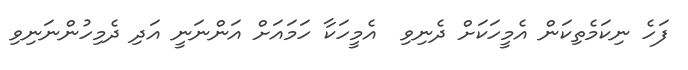
ފަހެ ނިކަމެތިކަން އެމީހަކަށް ދެނިވި  އެމީހަކާ ހަމައަށް އަންނަނީ އަދި ދެމިހުންނަނިވި